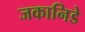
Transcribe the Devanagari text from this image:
जकानिडे